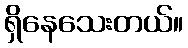
ရှိနေသေးတယ်။